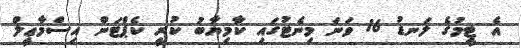
އެ ޓީމުގެ ލަނޑު 16 ވަނަ މިނެޓުގައި ކާމިޔާބު ކުރީ ކެޕްޓަން އިސްމާޢީލް